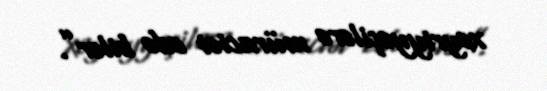
xeyriyyəçilərə müraciət edə bilər”.